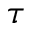
\tau